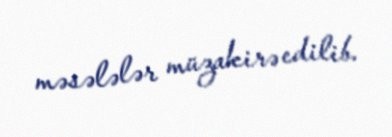
məsələlər müzakirə edilib.